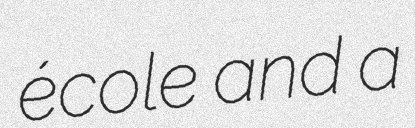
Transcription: école and a